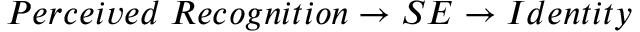
P e r c e i v e d \; R e c o g n i t i o n \rightarrow S E \rightarrow I d e n t i t y